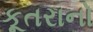
કૂતરાનો